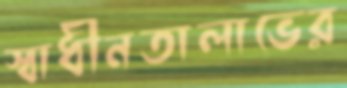
স্বাধীনতালাভের